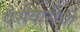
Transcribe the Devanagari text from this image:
पैसेवारीची